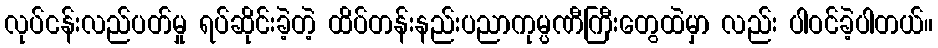
လုပ်ငန်းလည်ပတ်မှု ရပ်ဆိုင်းခဲ့တဲ့ ထိပ်တန်းနည်းပညာကုမ္ပဏီကြီးတွေထဲမှာ လည်း ပါဝင်ခဲ့ပါတယ်။